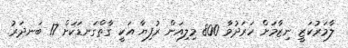
ލާމަރުކަޒީ ނިޒާމަށް ހަރަދުވާ 800 މިލިއަން ރުފިޔާ އަކީ ގާތްގަނޑަކަށް 17 ބަނދަރު